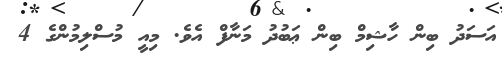
އަސަދު ބިން ހާޝިމް ބިން ޢަބުދު މަނާފް އެވެ. މިއީ މުސްލިމުންގެ 4